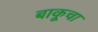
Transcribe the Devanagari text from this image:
बाकूचा